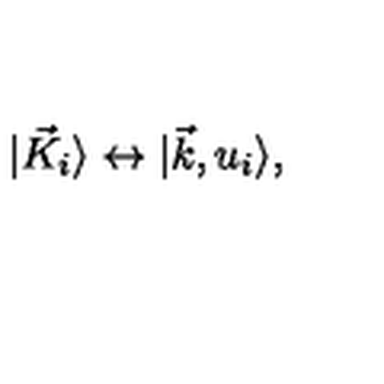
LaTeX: \vert { \vec { K } } _ { i } \rangle \leftrightarrow \vert \vec { k } , u _ { i } \rangle ,